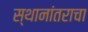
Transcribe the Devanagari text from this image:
स्थानांतराचा